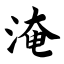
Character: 淹